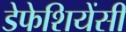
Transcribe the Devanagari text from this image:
डेफेशियेंसी